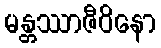
မန္တဿာဇီဝိနော